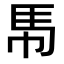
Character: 𮩵